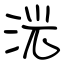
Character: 洸